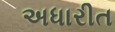
અધારીત